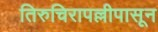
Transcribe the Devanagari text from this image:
तिरुचिरापल्लीपासून